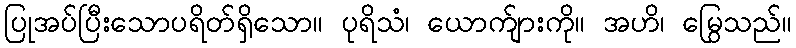
ပြုအပ်ပြီးသောပရိတ်ရှိသော။ ပုရိသံ၊ ယောက်ျားကို။ အဟိ၊ မြွေသည်။